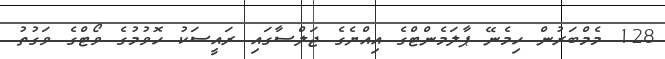
128 މެމްބަރުން ހިމެނޭ ޕާލަމެންޓްގެ އިއްޔެގެ ޖަލްސާގައި ރައީސަކު ހޮވުމުގެ ވޯޓްގެ ވަގުތު